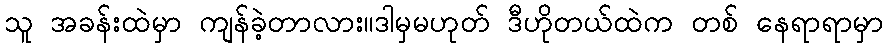
သူ အခန်းထဲမှာ ကျန်ခဲ့တာလား။ဒါမှမဟုတ် ဒီဟိုတယ်ထဲက တစ် နေရာရာမှာ